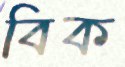
বিক